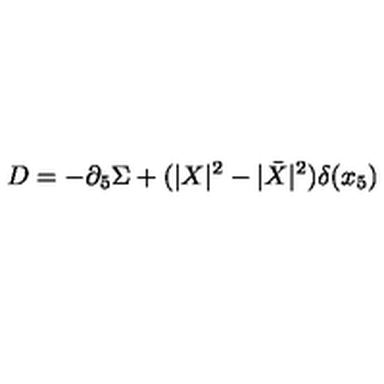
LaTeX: D = - \partial _ { 5 } \Sigma + ( | X | ^ { 2 } - | \bar { X } | ^ { 2 } ) \delta ( x _ { 5 } )